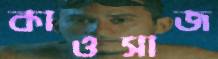
কাওসাজ